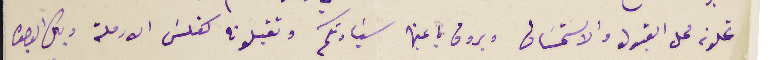
تحلونه محل القبول والاسَتحسَان ويروق باعين سَيادتكم وتقبلونه كفلسَ الارملة وبكل الوجوه